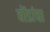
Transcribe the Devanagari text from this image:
बोंडांचा